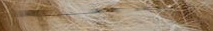
under new mgmt